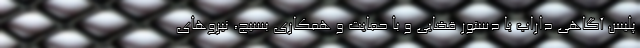
پلیس آگاهی داراب با دستور قضایی و با حمایت و همکاری بسیج، نیروهای